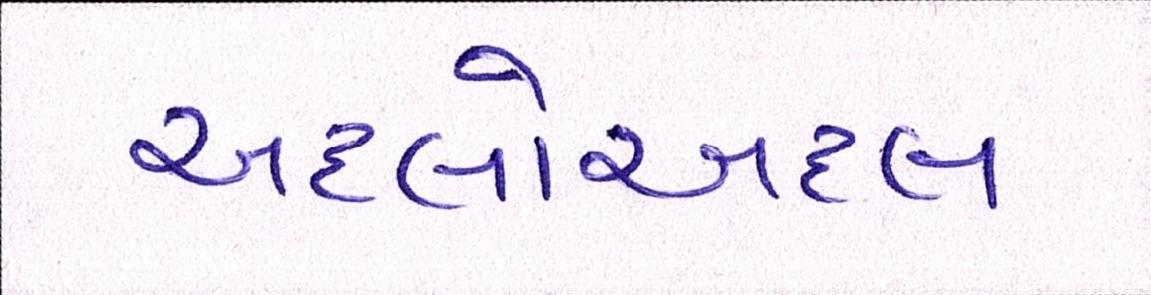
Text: અદલોઅદલ